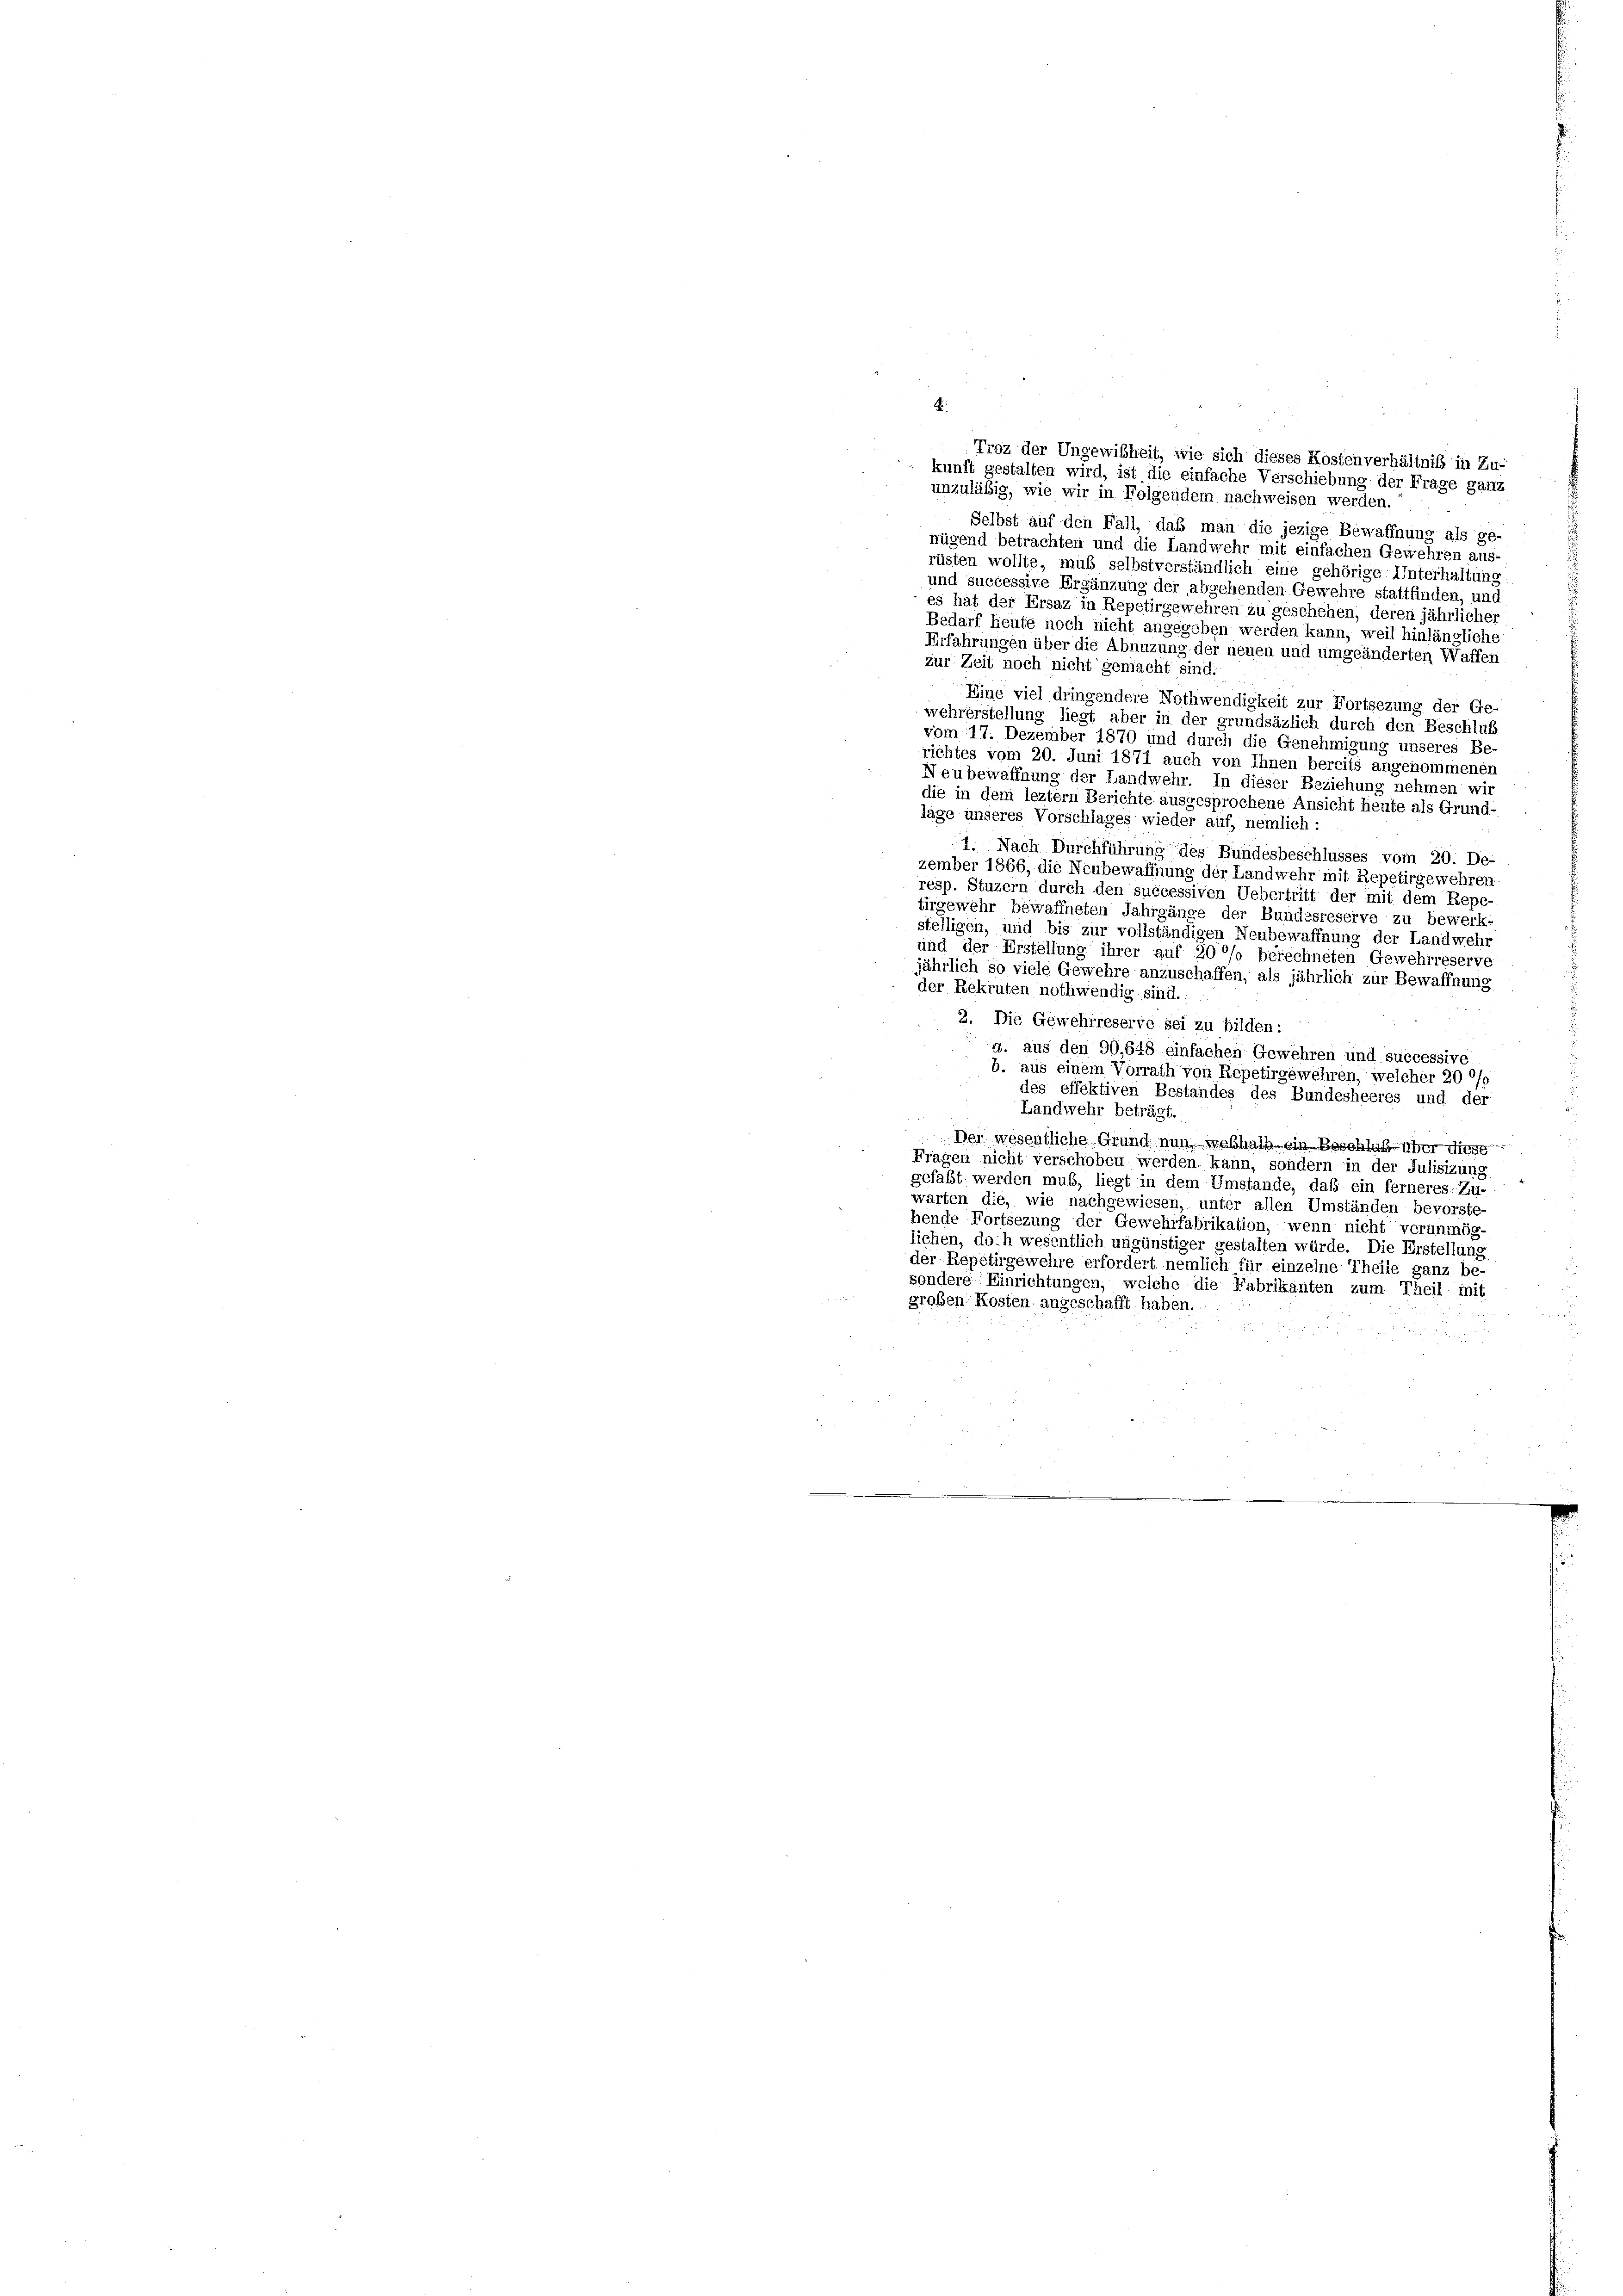
d
Troz der Ungewißheit, wie sich dieses Kostenverhältniß in Zu-
kunft gestalten wird, ist die einfache Verschiebung der Frage ganz
unzuläßig, wie wir in Folgendem nachweisen werden.
Selbst auf den Fall, daß man die jezige Bewaffnung als ge-
nügend betrachten und die Landwehr mit einfachen Gewehren aus-
rüsten wollte, muß selbstverständlich eine gehörige Unterhaltung
und successive Ergänzung der abgehenden Gewehre stattfinden, und
es hat der Ersaz in Repetirgewehren zu geschehen, deren jährlicher
Bedarf heute noch nicht angegeben werden kann, weil hinlängliche
Erfahrungen über die Abnuzung der neuen und umgeänderten Waffen
zur Zeit noch nicht gemacht sind:
Eine viel dringendere Nothwendigkeit zur Fortsezung der Ge-
wehrerstellung liegt aber in der grundsäzlich durch den Beschluß
vom 17. Dezember 1870 und durch die Genehmigung unseres Be-
richtes vom 20. Juni 1871 auch von Ihnen bereits angenommenen
Neubewaffnung der Landwehr. In dieser Beziehung nehmen wir
die in dem leztem Berichte ausgesprochene Ansicht heute als Grund-
lage unseres Vorschlages wieder auf, nemlich:
1. Nach Durchführung des Bundesbeschlusses vom 20. De-
zember 1866, die Neubewaffnung der Landwehr mit Repetirgewehren
resp. Stuzern durch den successiven Uebertritt der mit dem Repe
turgewehr bewaffneten Jahrgänge der Bundesreserve zu bewerk-
stelligen, und bis zur vollständigen Neubewaffnung der Landwehr
und der Erstellung ihrer auf 200% berechneten Gewehrreserve
jährlich so viele Gewehre anzuschaffen, als jährlich zur Bewaffnung
der Rekruten nothwendig sind.
2. Die Gewehrreserve sei zu bilden:
d. aus den 90,648 einfachen Gewehren und successive
b. aus einem Vorrath von Repetirgewehren, welcher 20 0/0
des effektiven Bestandes des Bundesheeres und der
Landwehr beträgt.
Der wesentliche Grund nun weshalb ein Beschluß über diese
Fragen nicht verschoben werden kann, sondern in der Julisizung
gefaßt werden muß, liegt in dem Umstände, daß ein ferneres Zu-
warten die, wie nachgewiesen, unter allen Umständen bevorste-
hende Fortsezung der Gewehrfabrikation, wenn nicht verunmög-
lichen, doch wesentlich ungünstiger gestalten würde. Die Erstellung
der Repetirgewehre erfordert nemlich für einzelne Theile ganz be-
sondere Einrichtungen, welche die Fabrikanten zum Theil mit
großen Kosten angeschafft haben.